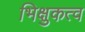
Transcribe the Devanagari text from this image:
भिक्षुकत्व